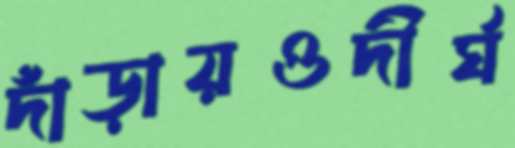
দাঁড়ায়ওদীর্ঘ